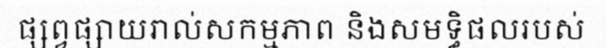
ផ្សព្វផ្សាយរាល់សកម្មភាព និងសមទ្ធិផលរបស់